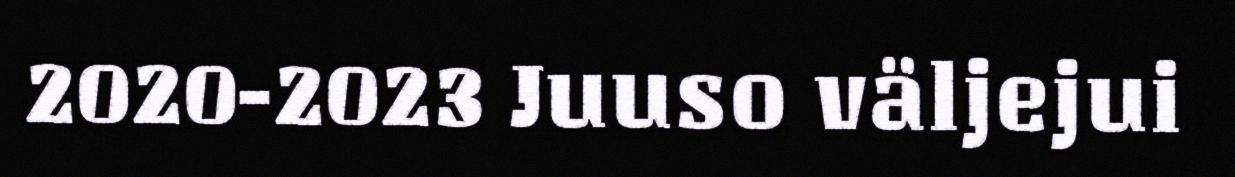
2020-2023 Juuso väljejui